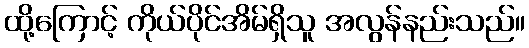
ထို့ကြောင့် ကိုယ်ပိုင်အိမ်ရှိသူ အလွန်နည်းသည်။